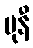
မုနီ